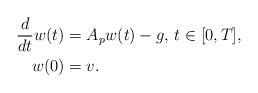
\begin{align*} \frac{d}{dt}w(t) &= A_p w(t) - g, \,t\in[0,T],\\ w(0) &= v. \end{align*}